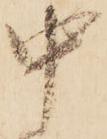
中